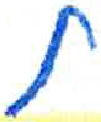
אות: ת